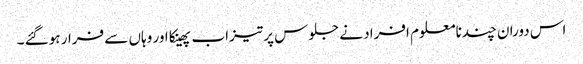
اس دوران چندنامعلوم افراد نے جلوس پر تیزاب پھینکا اور وہاں سے فرار ہوگئے ۔